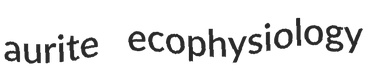
aurite ecophysiology